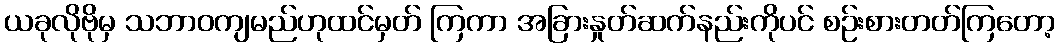
ယခုလိုဗိုမှ သဘာဝကျမည်ဟုထင်မှတ် ကြကာ အခြားနှုတ်ဆက်နည်းကိုပင် စဉ်းစားတတ်ကြတော့